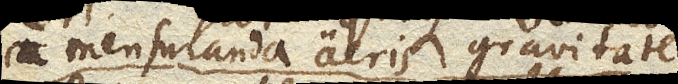
a mensuranda aeris gravitate